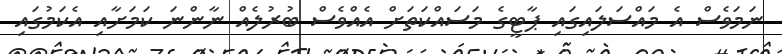
ނަމަވެސް އެ މައްސަލައިގައި ޕާޓީގެ މަސައްކަތަށް އެއްވެސް ބުރުލެއް ނާންނަ ކަމަށާއި އެކަމުގައި